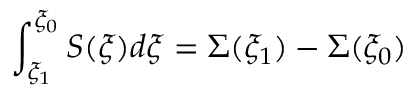
\int _ { \xi _ { 1 } } ^ { \xi _ { 0 } } S ( \xi ) d \xi = \Sigma ( \xi _ { 1 } ) - \Sigma ( \xi _ { 0 } )